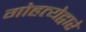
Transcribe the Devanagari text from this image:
गोहत्येद्वारे